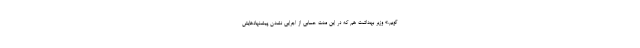
گویم.» وزیر بهداشت هم که در این مدت حسابی از اجرایی نشدن پیشنهادهایش